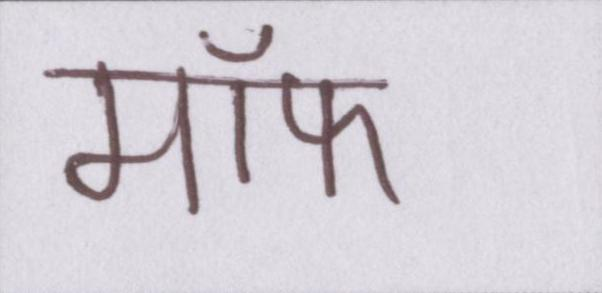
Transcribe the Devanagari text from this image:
मॉफ